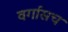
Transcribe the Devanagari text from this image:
वर्गासच